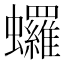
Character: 𬠻